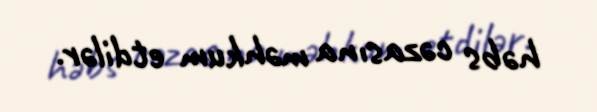
həbs cəzasına məhkum etdilər.